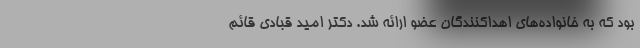
بود که به خانواده‌های اهداکنندگان عضو ارائه شد. دکتر امید قبادی قائم